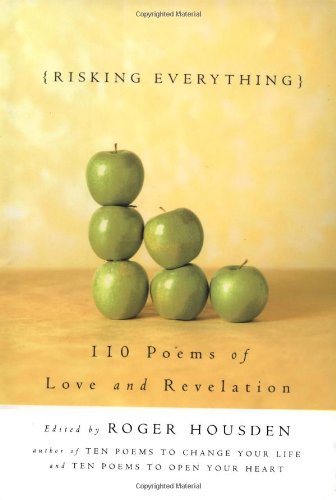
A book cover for Risking Everything: 110 Poems of Love and Revelation; Literature & Fiction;